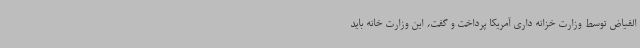
الفیاض توسط وزارت خزانه داری آمریکا پرداخت و گفت، این وزارت خانه باید